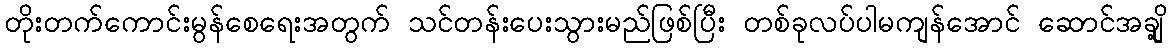
တိုးတက်ကောင်းမွန်စေရေးအတွက် သင်တန်းပေးသွားမည်ဖြစ်ပြီး တစ်ခုလပ်ပါမကျန်အောင် ဆောင်အချို့